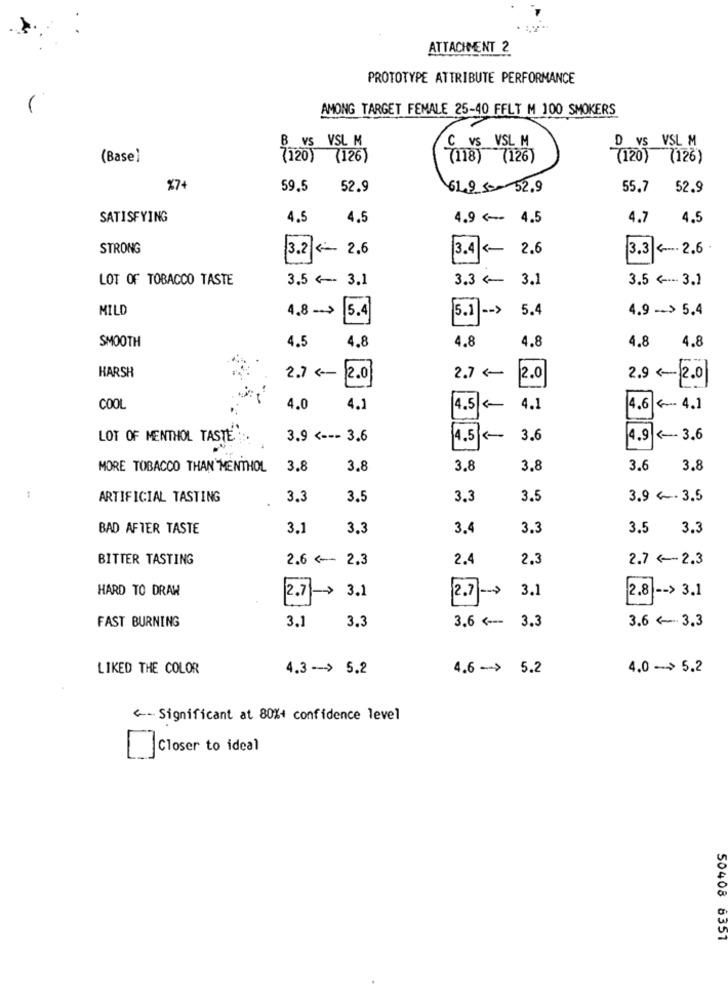
ATTACHMENT 2
PROTOTYPE ATTRIBUTE PERFORMANCE
AMONG TARGET FEMALE 25-40 FFLT M 100 SMOKERS
B VS VSL M
C vs VSL M
D VS VSL M
(Base)
(120)
(126)
(118) (126)
(120)
(126)
$7+
59.5
52.9
64.9.50- 52.9
55.7
52.9
SATISFYING
4.5
4.5
4.9 <-- 4.5
4.7
4.5
STRONG
3.2 2.6
3.4 <- 2.6
3.3 <---. 2.6
LOT OF TOBACCO TASTE
3.5 < 3.1
3.3 <- 3.1
3.5 <--- 3.1
MILD
4.8 -- >
5.4
5.4
4.9 -- > 5.4
5.1
-- >
SMOOTH
4.5
4.8
4.8
4.8
4.8
4.8
HARSH
2.7 ( 2.0
2.7 <
2.0
2.9 <-- 2.0
COOL
4.0
4.1
4.5 <-
4.1
4.6 <- 4.1
LOT OF MENTHOL TASTE ::
3.9 <--- 3.6
4.5
3.6
4.9 <-- 3.6
MORE TOBACCO THAN MENTHOL
3.8
3.8
3.8
3.8
3.6
3.8
ARTIFICIAL TASTING
3.3
3.5
3.3
3.5
3.9 ~ - 3.5
BAD AFTER TASTE
3.1
3.3
3.4
3.3
3.5 3.3
BITTER TASTING
2.6 <- 2.3
2.4
2.3
2.7 <-- 2.3
HARD TO DRAW
3.1
2.7 -> 3.1
2.7-
2.8 -- > 3.1
3.1
3.3
3.6 <--- 3.3
FAST BURNING
3.6 4- 3.3
LIKED THE COLOR
4.3 -- > 5.2
4.6 -- > 5.2
4.0 ->> 5.2
<- Significant at 80%+ confidence level
Closer to ideal
50408
8351